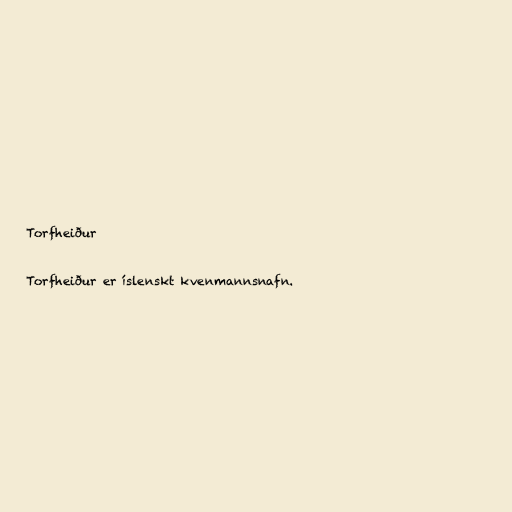
Torfheiður

Torfheiður er íslenskt kvenmannsnafn.